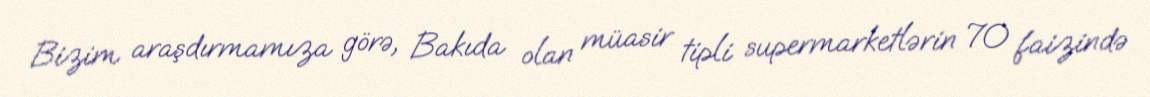
Bizim araşdırmamıza görə, Bakıda olan müasir tipli supermarketlərin 70 faizində